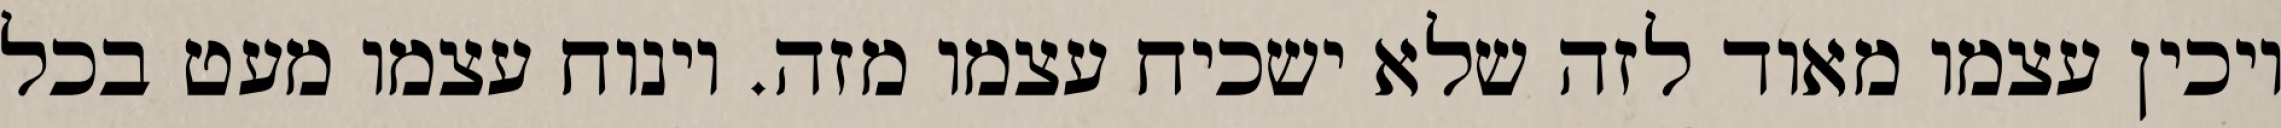
ויכין עצמו מאוד לזה שלא ישכיח עצמו מזה. וינוח עצמו מעט בכל